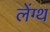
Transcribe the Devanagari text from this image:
लेंग्थ